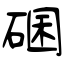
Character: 碅